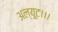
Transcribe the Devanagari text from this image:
अल्यूट।।।